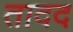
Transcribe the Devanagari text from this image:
तादद